Annual administration and progress report of the Indian Medical Department, Bombay
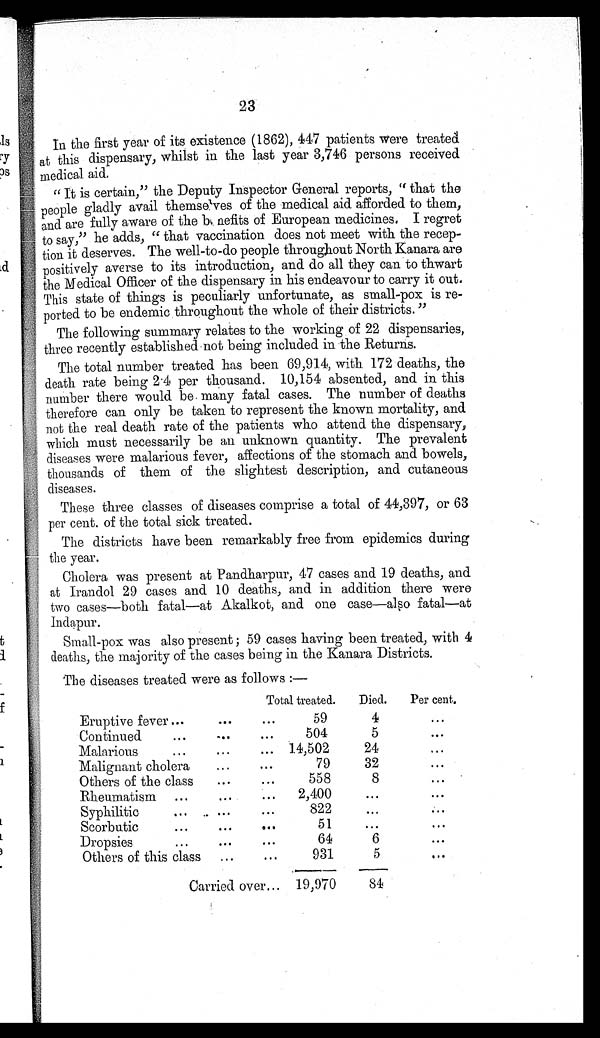
23
In the first year of its existence (1862), 447 patients were treated
at this dispensary, whilst in the last year 3,746 persons received
medical aid.
" It is certain," the Deputy Inspector General reports, " that the
people gladly avail themselves of the medical aid afforded to them,
and are fully aware of the benefits of European medicines. I regret
to say," he adds, " that vaccination does not meet with the recep-
tion it deserves. The well-to-do people throughout North Kanara are
positively averse to its introduction, and do all they can to thwart
the Medical Officer of the dispensary in his endeavour to carry it out.
This state of things is peculiarly unfortunate, as small-pox is re-
ported to be endemic throughout the whole of their districts."
The following summary relates to the working of 22 dispensaries,
three recently established not being included in the Returns.
The total number treated has been 69,914, with 172 deaths, the
death rate being 2.4 per thousand. 10,154 absented, and in this
number there would be many fatal cases. The number of deaths
therefore can only be taken to represent the known mortality, and
not the real death rate of the patients who attend the dispensary,
which must necessarily be an unknown quantity. The prevalent
diseases were malarious fever, affections of the stomach and bowels,
thousands of them of the slightest description, and cutaneous
diseases.
These three classes of diseases comprise a total of 44,397, or 63
per cent. of the total sick treated.
The districts have been remarkably free from epidemics during
the year.
Cholera was present at Pandharpur, 47 cases and 19 deaths, and
at Irandol 29 cases and 10 deaths, and in addition there were
two cases—both fatal—at Akalkot, and one case—also fatal—at
Indapur.
Small-pox was also present ; 59 cases having been treated, with 4
deaths, the majority of the cases being in the Kanara Districts.
The diseases treated were as follows :—
Total treated.
Died.
Per cent.
Eruptive fever ...
. . .
...
59
4
...
Continued
...
. . .
. . .
504
5
. . .
Malarious
...
. . .
... 14,502
24
. . .
Malignant cholera
...
...
79
32
...
Others of the class
...
...
558
8
...
Rheumatism ...
...
...
2,400
...
. . .
Syphilitic
...
. . .
. . .
822
...
...
Scorbutic
...
...
...
51
. . .
...
Dropsies
...
. . .
. . .
64
6
...
Others of this class
...
...
931
5
...
Carried over ... 19,970
84